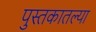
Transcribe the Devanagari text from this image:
पुस्‍तकातल्या